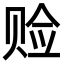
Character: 𫎨